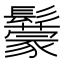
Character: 䰒